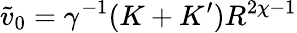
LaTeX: \tilde{v}_{0}=\gamma^{-1}(K+K^{\prime})R^{2\chi-1}